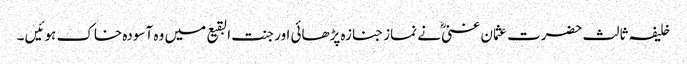
خلیفہ ثالث حضرت عثمان غنی ؓنے نماز جنازہ پڑھائی اور جنت البقیع میں وہ آسودہ خاک ہوئیں ۔